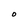
Character: O